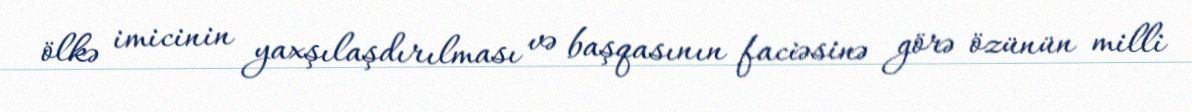
ölkə imicinin yaxşılaşdırılması və başqasının faciəsinə görə özünün milli